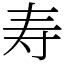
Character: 寿